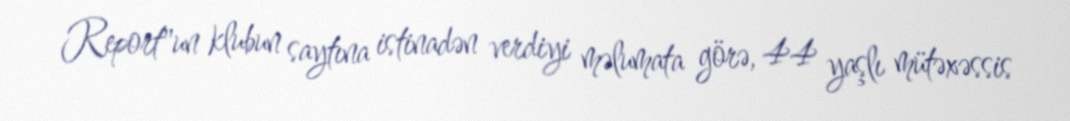
Report"un klubun saytına istinadən verdiyi məlumata görə, 44 yaşlı mütəxəssis